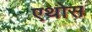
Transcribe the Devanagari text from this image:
एथोस